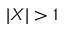
| X | > 1